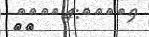
٦٣